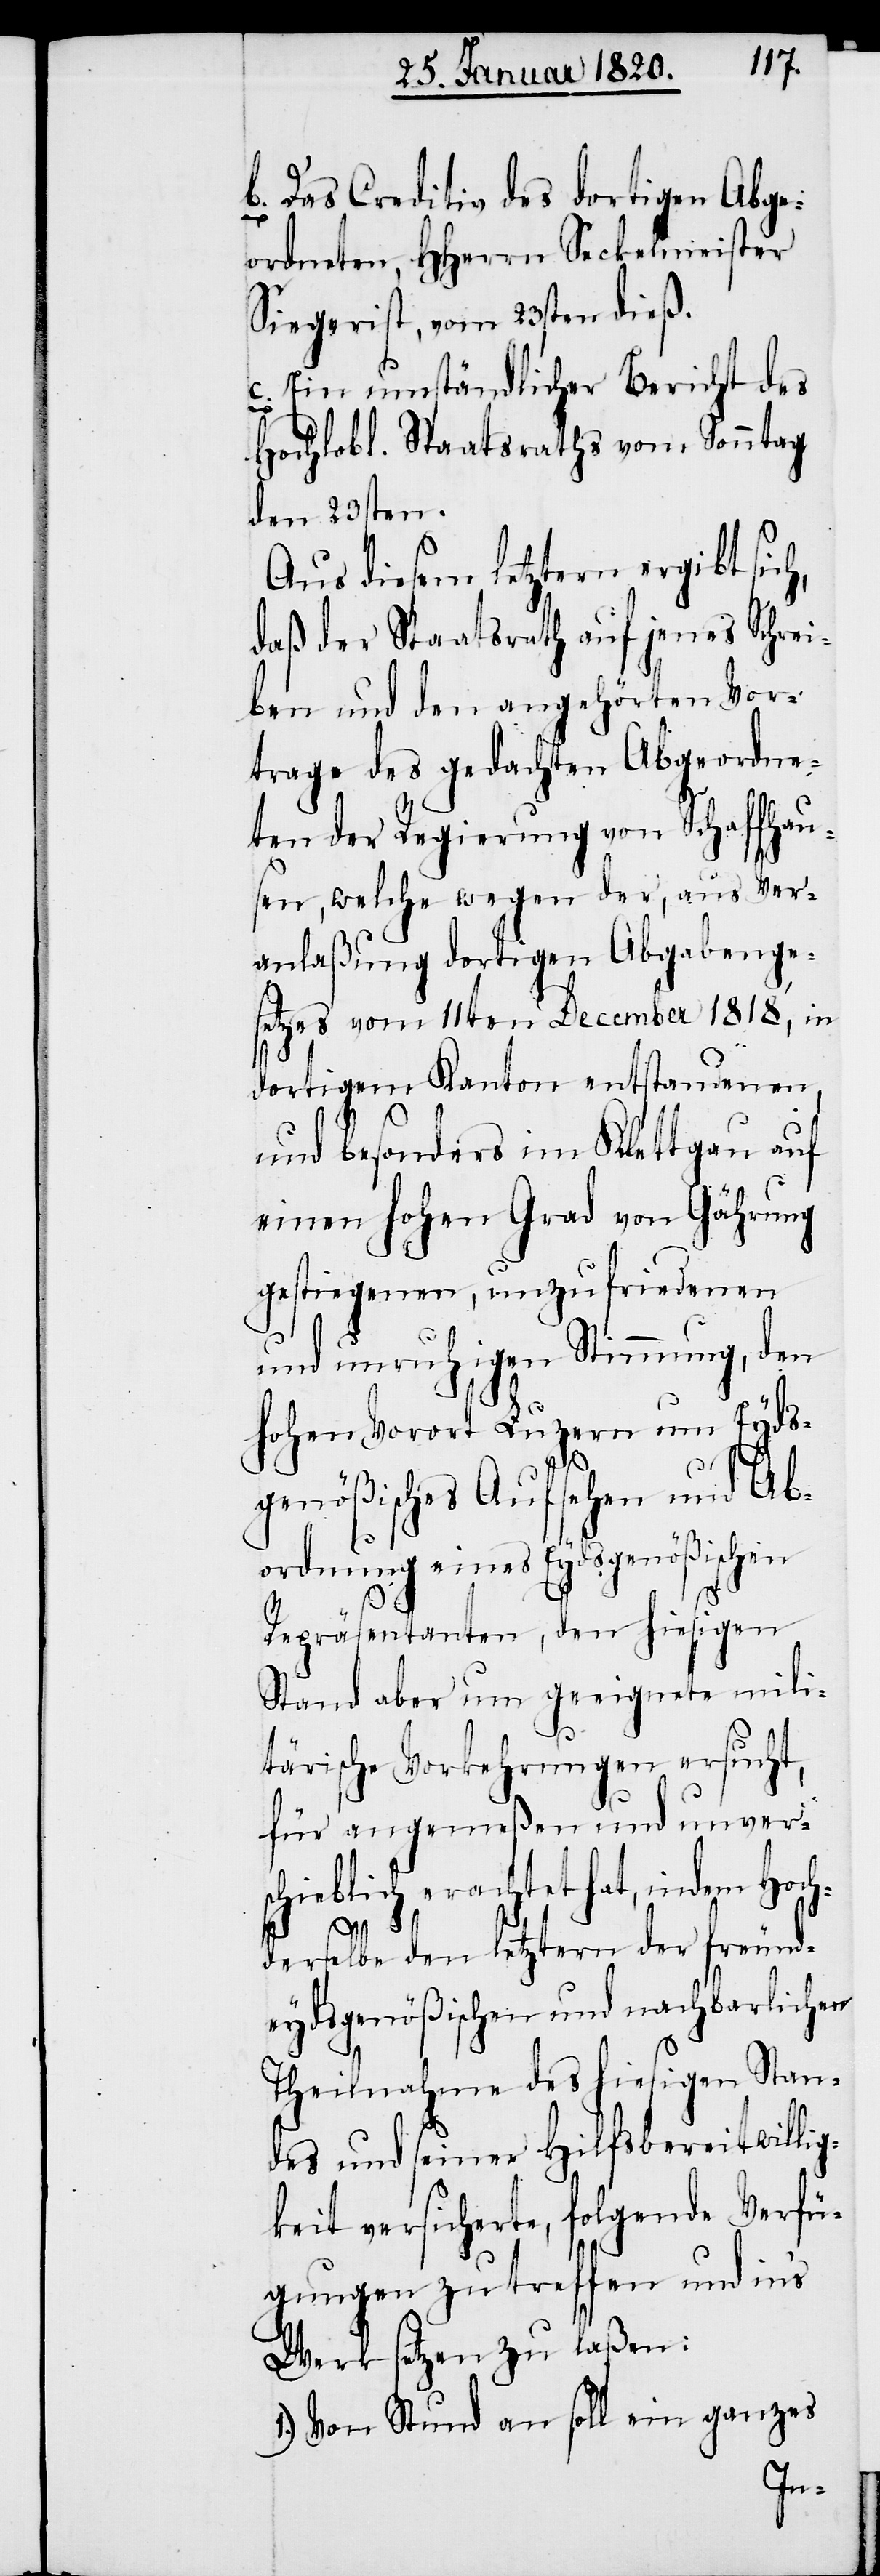
b. Das Creditiv des dortigen Abge¬
ordneten, HHerrn Seckelmeister
Siegerist, vom 23sten dieß.
c. Ein umständlicher Bericht des
Hochlobl. Staatsraths vom Sonntag
den 23sten.
Aus diesem letztern ergibt sic¬
daß der Staatsrath auf jenes Schrei¬
ben und den angehörten Vor¬
trage des gedachten Abgeordne¬
ten der Regierung von Schaffhau¬
sen, welche wegen der, aus Ver¬
anlaßung dortigen Abgabenge¬
setzes vom 11ten December 1818, in
dortigem Kanton entstandenen
h,
und besonders im Klettgau auf
einen hohen Grad von Gährung
gestiegenen, unzufriedenen
und unruhigen Stimmung, den
hohen Vorort Luzern um Eyds¬
genößisches Aufsehen und Ab¬
ordnung eines Eydsgenößischen
Repräsentanten, den hiesigen
Stand aber um geeignete mili¬
tärische Vorkehrungen ersucht,
für angemeßen und unver¬
schieblich erachtet hat, indem Hoch¬
derselbe den letztern der freund¬
eydsgenößischen und nachbarlichen
Theilnahme des hiesigen Stan¬
des und seiner Hilfsbereitwillig¬
keit versicherte, folgende Verfü¬
gungen zu treffen und in’s
Werk setzen zu laßen:
1.) Von Stund an soll ein ganzes